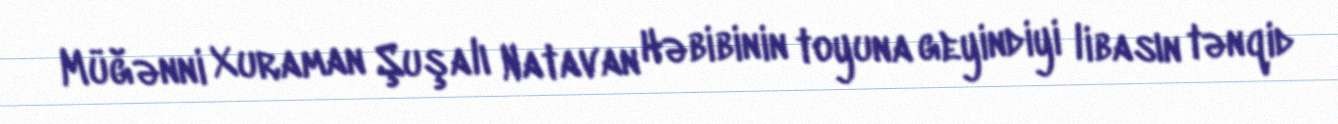
Müğənni Xuraman Şuşalı Natavan Həbibinin toyuna geyindiyi libasın tənqid